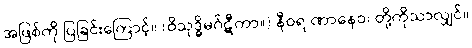
အဖြစ်ကို ပြခြင်းကြောင့်။ (ဝိသုဒ္ဓိမဂ်ဋီကာ။) နီဝရ ဏာနေဝ၊ တို့ကိုသာလျှင်။